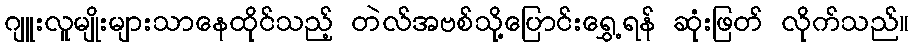
ဂျူးလူမျိုးများသာနေထိုင်သည့် တဲလ်အဗစ်သို့ပြောင်းရွှေ့ရန် ဆုံးဖြတ် လိုက်သည်။